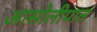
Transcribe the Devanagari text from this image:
आसोलीपाल